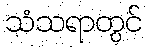
သံသရာတွင်